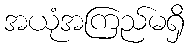
အယုံအကြည်မရှိ